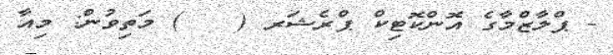
- ޕްލާޒްމާގެ އޮންކޮޓިކް ޕްރެޝަރ (   ) މަތިވުން: މިއާ